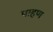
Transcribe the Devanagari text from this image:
पाहण